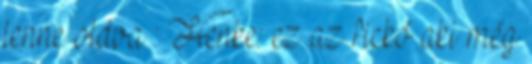
lenne oldva : Henke: ez az fickó aki még